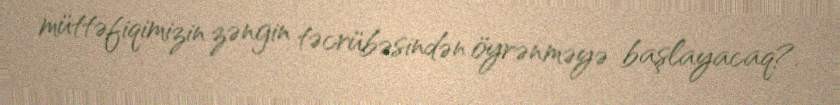
müttəfiqimizin zəngin təcrübəsindən öyrənməyə başlayacaq?.